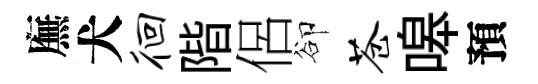
廡犬徊階侶卻苍嗥預